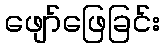
ဖျော်ဖြေခြင်း